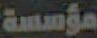
مؤسسة